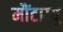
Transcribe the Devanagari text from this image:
मौंटाग्यू